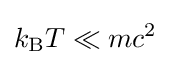
k_{\text{B}}T\ll mc^{2}